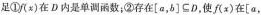
足①f(x)在D内是单调函数；②存在[a，b]⊆D，使f(x)在[a，